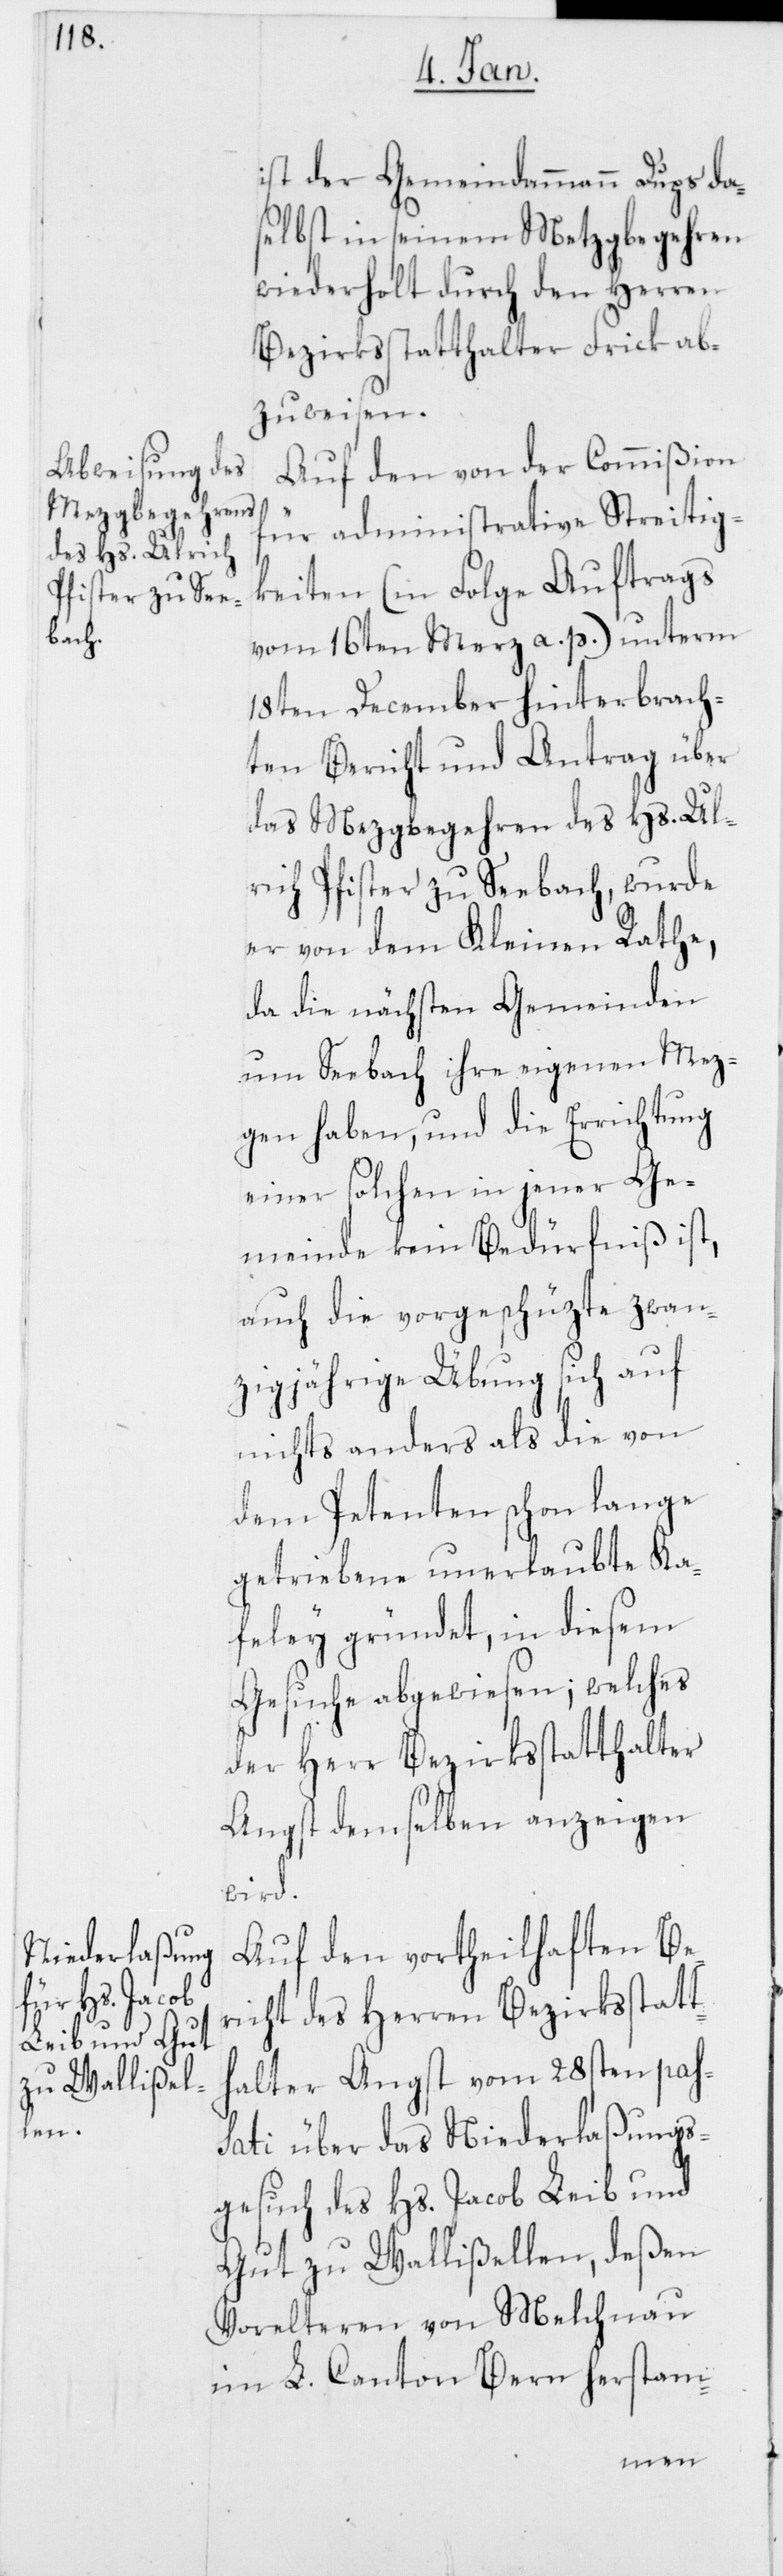
ist der Gemeindammann Dups da¬
selbst in seinem Metzgbegehren
wiederholt durch den Herren
Bezirksstatthalter Frick ab¬
zuweisen.
Auf den von der Commißion
für administrative Streitig¬
keiten (in Folge Auftrags
vom 16ten Merz a. p.) unterm
18ten December hinterbrach¬
ten Bericht und Antrag über
das Mezgbegehren des Hs. Ul¬
rich Pfister zu Seebach, wurde
er von dem Kleinen Rate,
da die nächsten Gemeinden
um Seebach ihre eigenen Mez¬
gen haben, und die Errichtung
einer solchen in jener Ge¬
meinde kein Bedürfniß ist,
auch die vorgeschüzte zwan¬
zigjährige Übung sich auf
nichts anders als die von
dem Petenten schon lange
getriebene unerlaubte Ka¬
feley gründet, in diesem
Gesuche abgewiesen; welches
der Herr Bezirksstatthalter
Angst demselben anzeigen
wird.
Auf den vortheilhaften Be¬
richt des Herren Bezirksstatt¬
halter Angst vom 28ten pas¬
sati über das Niederlaßungs¬
gesuch des Hs. Jacob Leib und
Gut zu Wallißellen, deßen
Vorelteren von Melchnau
im L. Canton Bern herstam-